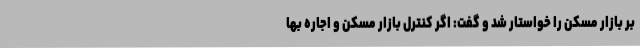
بر بازار مسکن را خواستار شد و گفت: اگر کنترل بازار مسکن و اجاره بها